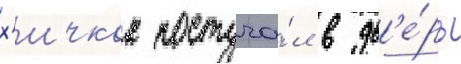
х'ичкок постуча́л в дв'е́рь